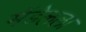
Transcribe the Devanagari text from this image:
मेंडेलला